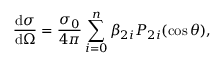
\frac { \mathrm { d } \sigma } { \mathrm { d } \Omega } = \frac { \sigma _ { 0 } } { 4 \pi } \sum _ { i = 0 } ^ { n } \beta _ { 2 i } P _ { 2 i } ( \cos \theta ) ,